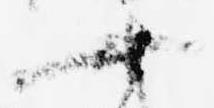
十